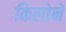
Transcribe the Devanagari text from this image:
किलोने